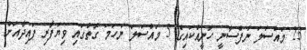
23 މައްސަލަ ނަފްސާނީ ހާނީއްކައިގެ 5 މައްސަލަ ނަހަމަ ގޮތުގައި ވިޔަފާރި ފައިދާއަށް